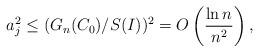
LaTeX: \begin{align*}&a_j^2\leq (G_n(C_0)/S(I))^2=O\left(\frac{\ln n}{n^2}\right),\end{align*}